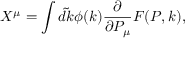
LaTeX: X ^ { \mu } = \int \tilde { d k } \phi ( k ) { \frac { \partial } { { \partial P _ { \mu } } } } F ( P , k ) ,